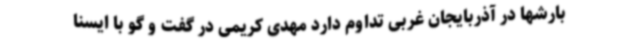
بارشها در آذربایجان غربی تداوم دارد مهدی کریمی در گفت و گو با ایسنا